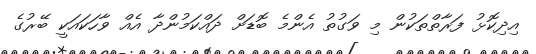
އިދިކޮޅު ފަރާތްތަކުން މި ވަގުތު އެންމެ ބޮޑަށް ދައްކަމުންދާ އެއް ވާހަކައަކީ ބޭރުގެ